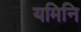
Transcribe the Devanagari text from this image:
यमिनि